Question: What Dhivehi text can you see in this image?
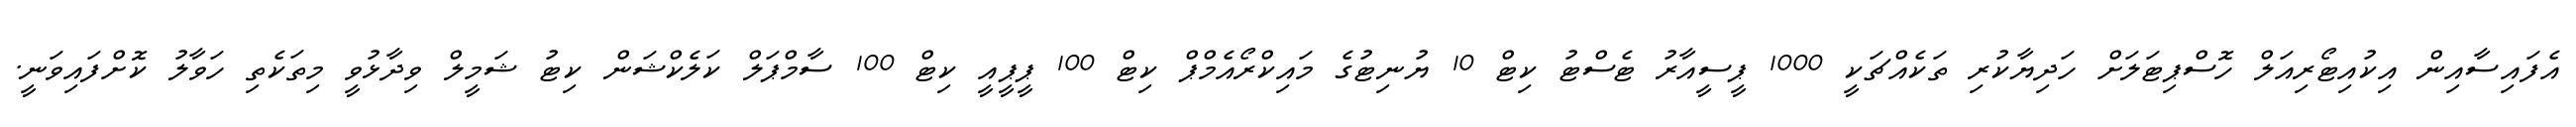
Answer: އެފައިސާއިން އިކުއިޓޯރިއަލް ހޮސްޕިޓަލަށް ހަދިޔާކުރި ތަކެއްޗަކީ 1000 ޕީސީއާރު ޓެސްޓު ކިޓް 10 ޔުނިޓުގެ މައިކްރޯއެމްޕް ކިޓް 100 ޕީޕީއީ ކިޓް 100 ސާމްޕަލް ކަލެކްޝަން ކިޓު ޝަމީލް ވިދާޅުވީ މިތަކެތި ހަވާލު ކޮށްފައިވަނީ.